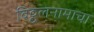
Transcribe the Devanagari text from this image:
विठ्ठलनामाचा